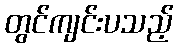
တွင်ကျင်းပသည့်